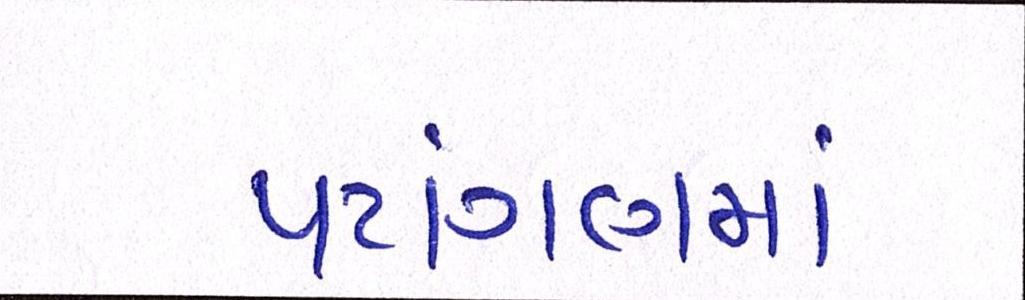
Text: પટાંગણમાં